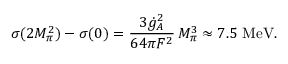
\sigma ( 2 M _ { \pi } ^ { 2 } ) - \sigma ( 0 ) = { \frac { 3 \dot { g } _ { A } ^ { 2 } } { 6 4 \pi F ^ { 2 } } } \, M _ { \pi } ^ { 3 } \approx 7 . 5 \ \mathrm { M e V } .